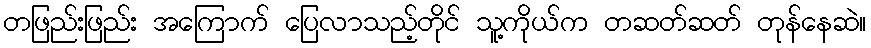
တဖြည်းဖြည်း အကြောက် ပြေလာသည့်တိုင် သူ့ကိုယ်က တဆတ်ဆတ် တုန်နေဆဲ။